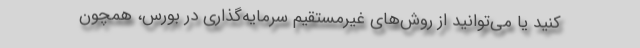
کنید یا می‌توانید از روش‌های غیرمستقیم سرمایه‌گذاری در بورس، همچون